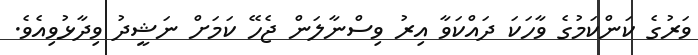
ވަރުގެ ކަންކަމުގެ ވާހަކަ ދައްކަވާ އިރު ވިސްނާލަން ޖެހޭ ކަމަށް ނަޝީދު ވިދާޅުވިއެވެ.